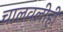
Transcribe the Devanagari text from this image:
चालवलीही